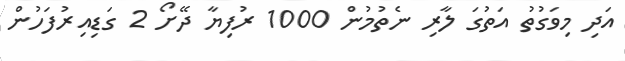
އަދި މިވަގުތު އަތުގަ ލާރި ނެތުމުން 1000 ރުފިޔާ ދޭށޯ 2 ގަޑިއިރުފަހުން